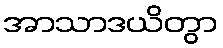
အာသာဒယိတွာ